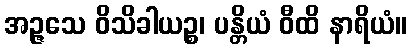
အဉ္ဇသေ ဝိသိခါယဉ္စ၊ ပန္တိယံ ဝီထိ နာရိယံ။